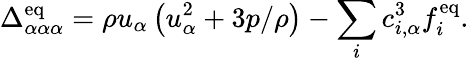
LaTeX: \Delta_{\alpha\alpha\alpha}^{\mathrm{eq}}=\rho u_{\alpha}\left(u_{\alpha}^{2}+3p/\rho\right)-\sum_{i}c_{i,\alpha}^{3}f_{i}^{\mathrm{eq}}.